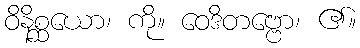
ဝိနိစ္ဆယော၊ ကို။ ဝေဒိတဗ္ဗော၊ ၏။